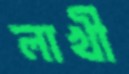
লাখী